Scottish Leaving Certificate Examination, 1954
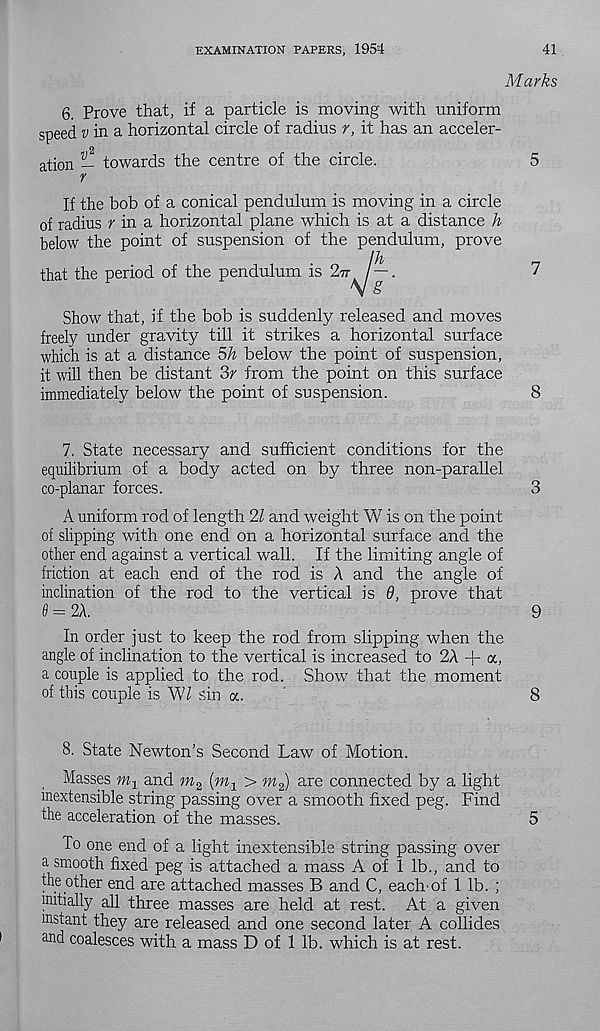
EXAMINATION PAPERS, 1954
41
Marks
6. Prove that, if a particle is moving with uniform
speed win a horizontal circle of radius r, it has an acceler-
2
ation — towards the centre of the circle.
5
r
If the bob of a conical pendulum is moving in a circle
of radius f in a horizontal plane which is at a distance h
below the point of suspension of the
that the period of the pendulum is Pti
Show that, if the bob is suddenly released and moves
freely under gravity till it strikes a horizontal surface
which is at a distance 5h below the point of suspension,
it will then be distant 3r from the point on this surface
immediately below the point of suspension.
8
7. State necessary and sufficient conditions for the
equilibrium of a body acted on by three non-parallel
co-planar forces.
3
A uniform rod of length 21 and weight V/ is on the point
of slipping with one end on a horizontal surface and the
other end against a vertical wall. If the limiting angle of
friction at each end of the rod is A and the angle of
inclination of the rod to the vertical is 9, prove that
= 2A.
9
In order just to keep the rod from slipping when the
angle of inclination to the vertical is increased to 2A + a,
a couple is applied to the rod. Show that the moment
of this couple is WZ sin a.
8
8. State Newton’s Second Law of Motion.
Masses
and m 2 (m^ > m 2 ) are connected by a light
inextensible string passing over a smooth fixed peg. Find
the acceleration of the masses.
5
To one end of a light inextensible string passing over
a smooth fixed peg is attached a mass A of 1 lb., and to
the other end are attached masses B and C, each-of 1 lb. ;
initially all three masses are held at rest. At a given
instant they are released and one second later A collides
and coalesces with a mass D of 1 lb. which is at rest.
penauium, prove
s